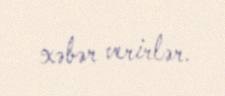
xəbər verirlər.